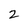
Character: 2